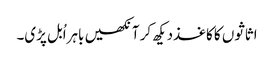
اثاثوں کا کاغذدیکھ کر آنکھیں باہراُبل پڑی۔